Annual administration and progress report of the Indian Medical Department, Bombay
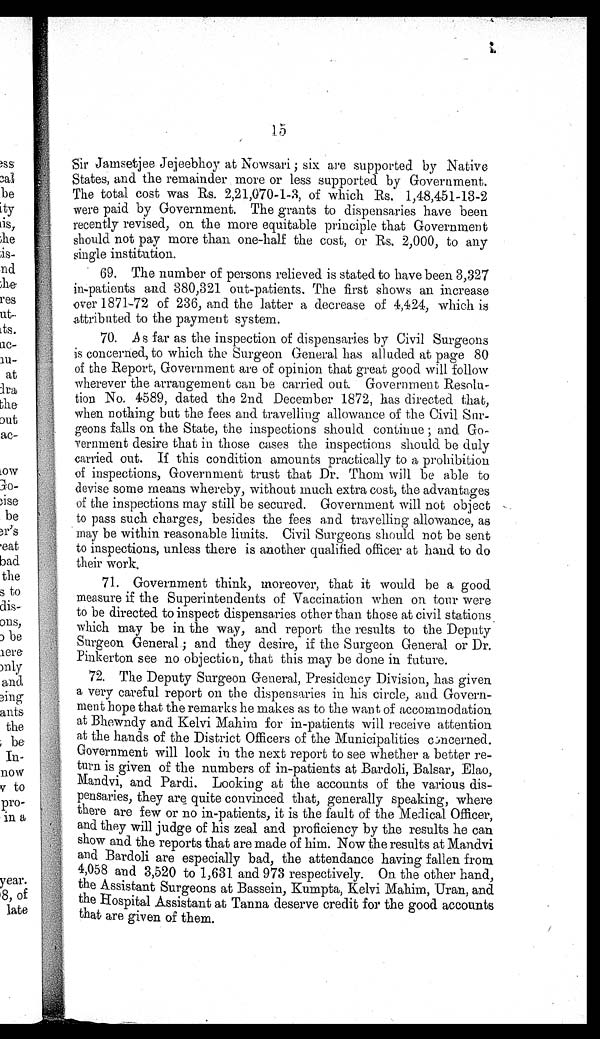
Sir Jamsetjee Jejeebhoy at Nowsari; six are supported by Native
States, and the remainder more or less supported by Government.
The total cost was Rs. 2,21,070-1-3, of which Rs. 1,48,451-13-2
were paid by Government. The grants to dispensaries have been
recently revised, on the more equitable principle that Government
should not pay more than one-half the cost, or Rs. 2,000, to any
single institution.
69. The number of persons relieved is stated to have been 3,327
in-patients and 380,321 out-patients. The first shows an increase
over 1871-72 of 236, and the latter a decrease of 4,424, which is
attributed to the payment system.
70. As far as the inspection of dispensaries by Civil Surgeons
is concerned, to which the Surgeon General has alluded at page 80
of the Report, Government are of opinion that great good will follow
wherever the arrangement can be carried out. Government Resolu
-tion No. 4589, dated the 2nd December 1872, has directed that,
when nothing but the fees and travelling allowance of the Civil Sur
-geons falls on the State, the inspections should continue; and Go
-vernment desire that in those cases the inspections should be duly
carried out. If this condition amounts practically to a prohibition
of inspections, Government trust that Dr. Thom will be able to
devise some means whereby, without much extra cost, the advantages
of the inspections may still be secured. Government will not object
to pass such charges, besides the fees and travelling allowance, as
may be within reasonable limits. Civil Surgeons should not be sent
to inspections, unless there is another qualified officer at hand to do
their work.
71. Government think, moreover, that it would be a good
measure if the Superintendents of Vaccination when on tour were
to be directed to inspect dispensaries other than those at civil stations
which may be in the way, and report the results to the Deputy
Surgeon General; and they desire, if the Surgeon General or Dr.
Pinkerton see no objection, that this may be done in future
.
72. The Deputy Surgeon General, Presidency Division, has given
a very careful report on the dispensaries in his circle, and Govern
-ment hope that the remarks he makes as to the want of accommodation
at Bhewndy and Kelvi Mahim for in-patients will receive attention
at the hands of the District Officers of the Municipalities concerned.
Government will look in the next report to see whether a better re
-turn is given of the numbers of in-patients at Bardoli, Baisar, Elao,
Mandvi, and Pardi. Looking at the accounts of the various dis
-pensaries, they are quite convinced that, generally speaking, where
there are few or no in-patients, it is the fault of the Medical Officer,
and they will judge of his zeal and proficiency by the results he can
show and the reports that are made of him. Now the results at Mandvi
and Bardoli are especially bad, the attendance having fallen from
4,058 and 3,520 to 1,631 and 973 respectively. On the other hand,
the Assistant Surgeons at Bassein, Kumpta, Kelvi Mahim, Uran, and
the Hospital Assistant at Tanna deserve credit for the good accounts
that are given of them.